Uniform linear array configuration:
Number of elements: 4
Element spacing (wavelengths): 0.75
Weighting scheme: hann
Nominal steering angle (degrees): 60
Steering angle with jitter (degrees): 59.45
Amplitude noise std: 0.05
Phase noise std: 0.05

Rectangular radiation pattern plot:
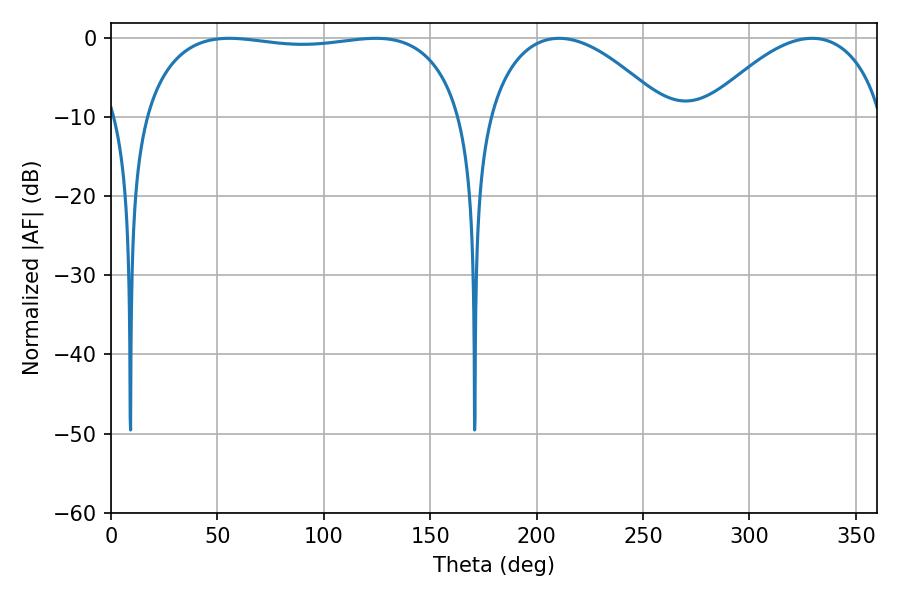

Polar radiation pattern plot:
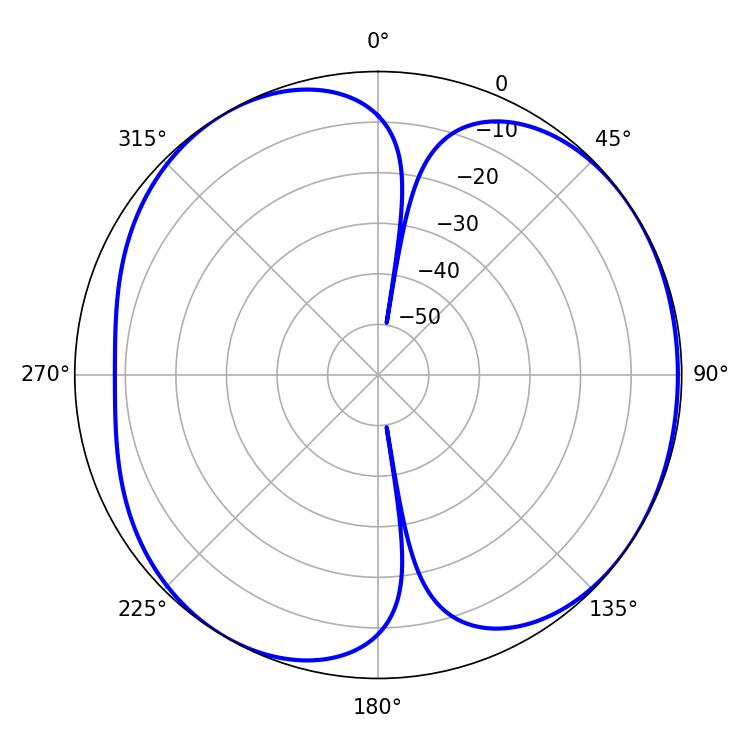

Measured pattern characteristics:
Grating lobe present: TRUE
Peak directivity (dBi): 5.229
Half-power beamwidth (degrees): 46.98
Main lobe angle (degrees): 210.6